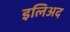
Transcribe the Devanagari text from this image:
इलिअद